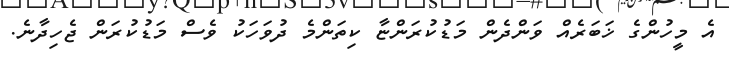
އެ މީހުންގެ ޚަބަރެއް ވަންދެން މަޑުކުރަންޏާ ކިތަންމެ ދުވަހަކު ވެސް މަޑުކުރަން ޖެހިދާނެ.